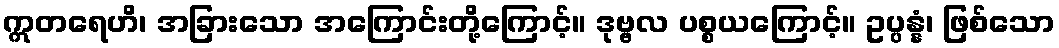
ဣတရေဟိ၊ အခြားသော အကြောင်းတို့ကြောင့်။ ဒုဗ္ဗလ ပစ္စယကြောင့်။ ဥပ္ပန္နံ၊ ဖြစ်သော